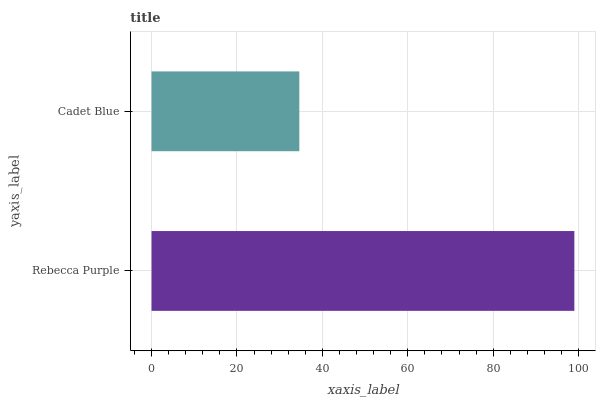
| yaxis_label | bars |
 | --- | --- |
 | Rebecca Purple | 99 |
 | Cadet Blue | 34.6 |